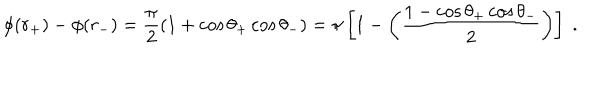
\phi ( r _ { + } ) - \phi ( r _ { - } ) = \frac { \pi } { 2 } \left( 1 + \cos \theta _ { + } \cos \theta _ { - } \right) = \pi \left[ 1 - \left( \frac { 1 - \cos \theta _ { + } \cos \theta _ { - } } { 2 } \right) \right] \; .